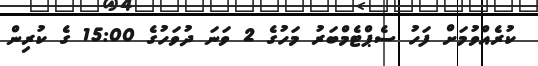
ކުރެއްވުމަށް ފަހު ސެޕްޓެމްބަރު މަހުގެ 2 ވަނަ ދުވަހުގެ 15:00 ގެ ކުރިން